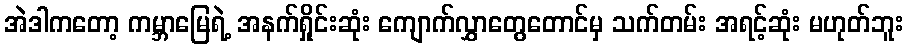
အဲဒါကတော့ ကမ္ဘာမြေရဲ့ အနက်ရှိုင်းဆုံး ကျောက်လွှာတွေတောင်မှ သက်တမ်း အရင့်ဆုံး မဟုတ်ဘူး